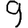
Digit: 9